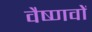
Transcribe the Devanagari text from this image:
वैष्‍णवों